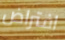
افتراض